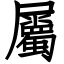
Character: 屬